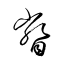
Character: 瞥